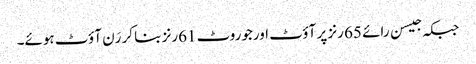
جبکہ جیسن رائے 65 رنز پر آؤٹ اورجوروٹ 61رنز بنا کر رَن آؤٹ ہوئے۔